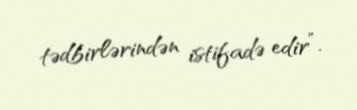
tədbirlərindən istifadə edir”.